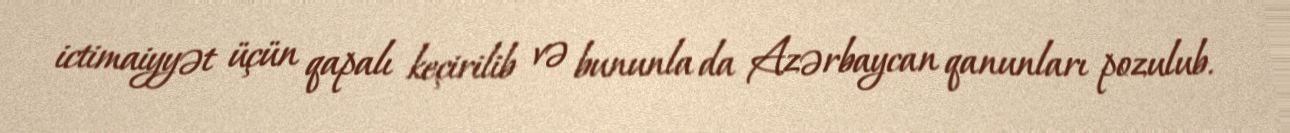
ictimaiyyət üçün qapalı keçirilib və bununla da Azərbaycan qanunları pozulub.